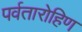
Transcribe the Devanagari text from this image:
पर्वतारोहिण